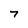
Character: 7